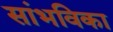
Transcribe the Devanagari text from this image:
सांभविका